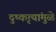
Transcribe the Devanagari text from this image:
दुष्कृत्यांमुळे